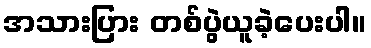
အသားပြား တစ်ပွဲယူခဲ့ပေးပါ။